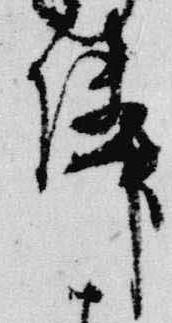
隣